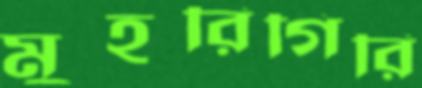
মুহরিগিরি